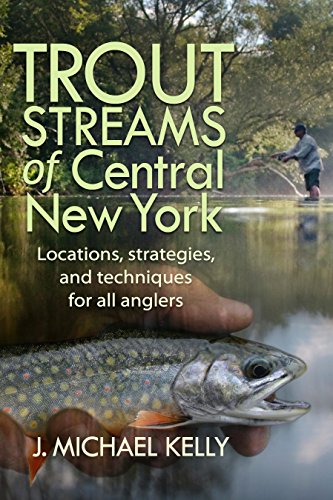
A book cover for Trout Streams of Central New York; J. Michael Kelly; Sports & Outdoors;